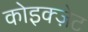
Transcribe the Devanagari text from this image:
कोइक्ज़ेट